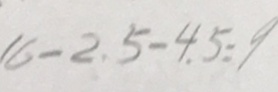
1 6 - 2 . 5 - 4 . 5 = 9